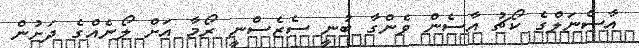
އާސެނަލްގެ ކޯޗު އާސެން ވެންގާ ބުނީ ސެޒެސްނީ ރޯމާ އަށް ލޯނެއްގެ ދަށުން